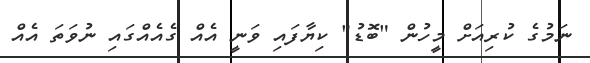
ނަމުގެ ކުރިއަށް މީހުން "ބޮޑު" ކިޔާފައި ވަނީ އެއް ގެއެއްގައި ނުވަތަ އެއް